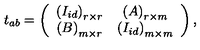
t _ { a b } = \left( \begin{array} { c c } { \left( I _ { i d } \right) _ { r \times r } } & { \left( A \right) _ { r \times m } } \\ { \left( B \right) _ { m \times r } } & { \left( I _ { i d } \right) _ { m \times m } } \\ \end{array} \right) ,